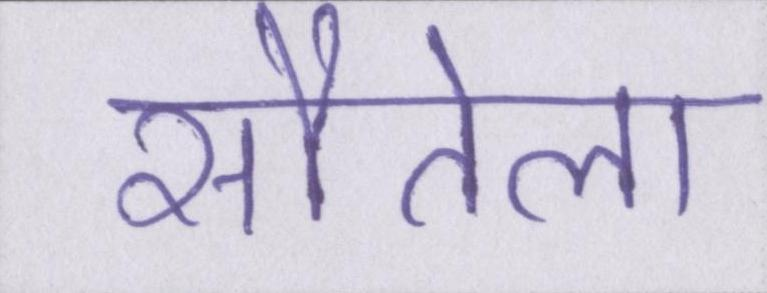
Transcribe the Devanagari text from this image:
सौतेला